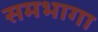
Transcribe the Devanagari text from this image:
समभागा